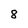
Character: 8